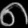
Digit: ၈